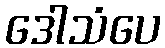
ဒေါသံပေ